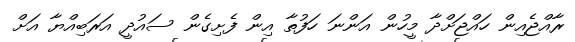
ރާއްޖެއިން ހައްޖަށްދާ މީހުން އަންނަ ހަފުތާ އިން ފެށިގެން ސައުދީ އަރަބިއްޔާ އަށް